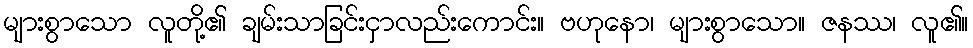
များစွာသော လူတို့၏ ချမ်းသာခြင်းငှာလည်းကောင်း။ ဗဟုနော၊ များစွာသော။ ဇနဿ၊ လူ၏။